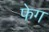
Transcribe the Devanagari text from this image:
फेग